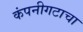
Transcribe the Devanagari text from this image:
कंपनीगटाचा